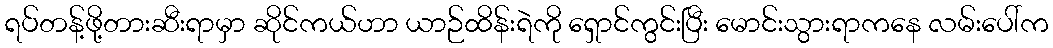
ရပ်တန့်ဖို့တားဆီးရာမှာ ဆိုင်ကယ်ဟာ ယာဉ်ထိန်းရဲကို ရှောင်ကွင်းပြီး မောင်းသွားရာကနေ လမ်းပေါ်က